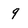
Character: 9